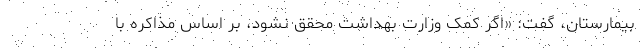
بیمارستان، گفت: «اگر کمک وزارت بهداشت محقق نشود، بر اساس مذاکره با